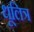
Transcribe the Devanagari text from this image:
धूलित्र